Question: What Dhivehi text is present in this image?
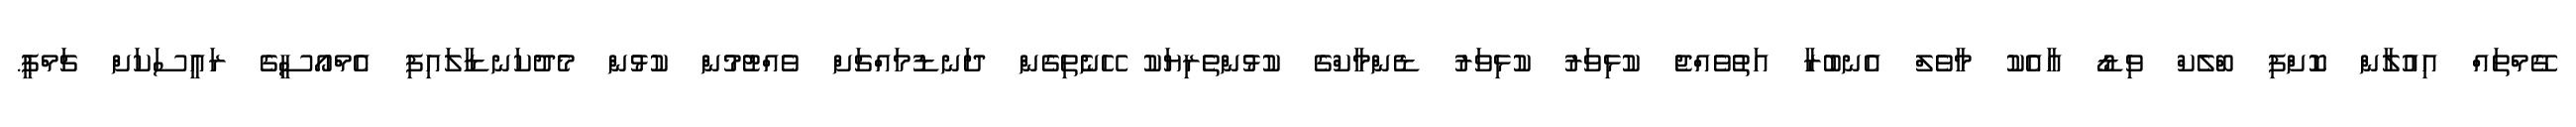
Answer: ގޭމްތައް އިއުލާން ކޮށްފި ބްލެކް ވިޑޯ އާއެކު މާވެލް އެނބުރާ އަތުވެއްޖެ ކުޅިވަރު ކުޅިވަރު ޑެންމާކްގެ ކުޅުންތެރިޔަކު ހޭނެތިގެން ދަނޑުމައްޗަށް ވެއްޓުމުން ކުޅުން މެދުކަނޑާލައިފި އެމްއޯސީގެ ރައީސަކަށް ޗަމްޕީ.